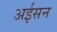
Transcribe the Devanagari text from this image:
अईसन